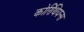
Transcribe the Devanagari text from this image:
कोरिंथियन्स